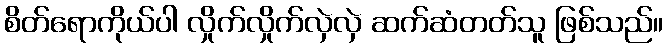
စိတ်ရောကိုယ်ပါ လှိုက်လှိုက်လှဲလှဲ ဆက်ဆံတတ်သူ ဖြစ်သည်။